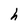
Character: h